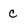
Character: C